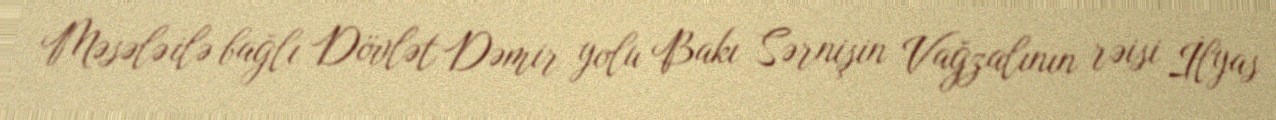
Məsələ ilə bağlı Dövlət Dəmir yolu Bakı Sərnişin Vağzalının rəisi İlyas